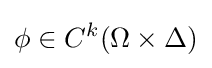
\phi \in C^{k}(\Omega \times \Delta )